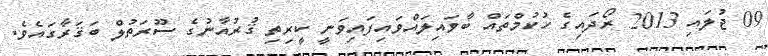
09 ޖުލައި 2013 ރޯދައިގެ ހުކުމްތައް ބާވައިލައްވައިފައިވަނީ ކީރިތި ޤުރުއާނުގެ ސޫރަތުލް ބަޤަރާގައެވެ.